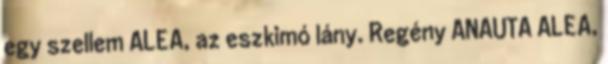
egy szellem ALEA, az eszkimó lány. Regény ANAUTA ALEA,